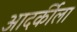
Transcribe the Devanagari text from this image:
आदर्कीला